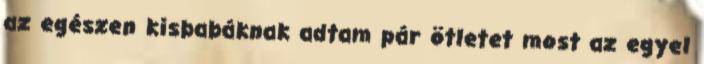
az egészen kisbabáknak adtam pár ötletet most az egyel